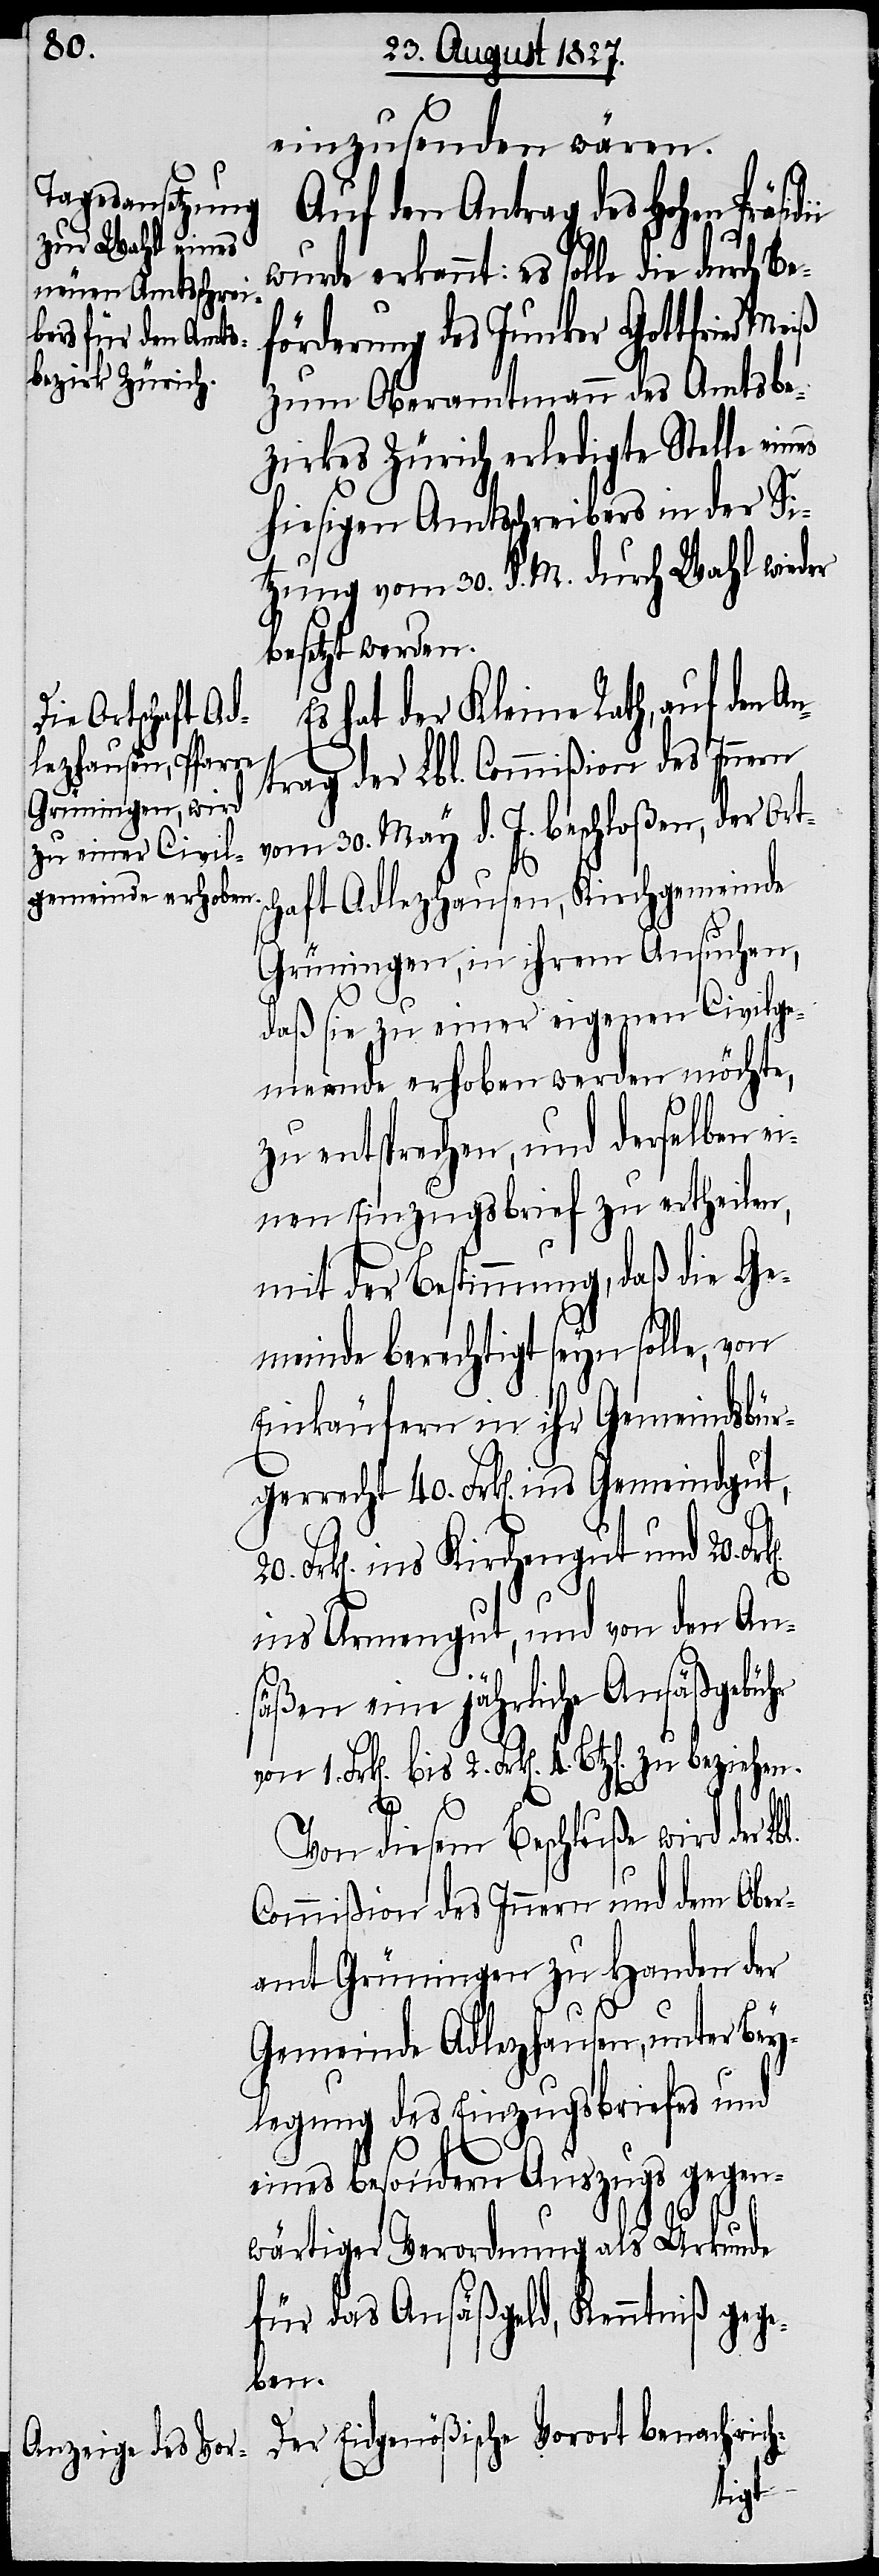
20.
einzusenden wären.
Auf den Antrag des Hohen Präsi¬
wurde erkannt: es solle die durch Be¬
förderung des Junker Gottfried
zum Oberamtmann des Amtsbe¬
zirkes Zürich erledigte Stelle ein¬
hiesigen Amtsschreibers in der Si¬
tzung vom 30. d. M. durch Wahl wieder
besetzt werden.
hat der Kleine Rath, auf den A¬
schaft Adl¬
ntrag der Lbl. Commißion des Innern
2.
vom 30. May d. J. beschloßen, der Ort¬
Grüningen, in ihrem Ansuchen,
daß sie zu einer eigenen Civilge¬
meinde erhoben werden möchte,
zu entsprechen, und derselben ei¬
nen Einzugsbrief zu ertheilen,
mit der Bestimmung, daß die Ge¬
meinde berechtigt seyn solle, von
Einkäufern in ihr Gemeindsbür¬
gerrecht 40. Frk[en]. ins Gemeindgut,
Frk[en]. ins Kirchengut und 20. Fr¬
ins Armengut, und von den An¬
säßen eine jährliche Ansäßgebühr
l.
Von diesem Beschluße wird der Lb¬
Commißion des Innern und dem Ober¬
amt Grüningen zu Handen der
Gemeinde Adlezhausen, unter Bey¬
legung des Einzugsbriefes und
eines besondern Auszugs gegen¬
wärtiger Verordnung als Urkunde
für das Ansäßgeld, Kenntniß gege¬
ben.
Der Eidgenößische Vorort benachrich-